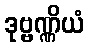
ဒုဗ္ဗဏ္ဏိယံ